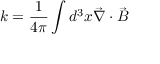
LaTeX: k = \frac { 1 } { 4 \pi } \int d ^ { 3 } x \vec { \nabla } \cdot \vec { B }